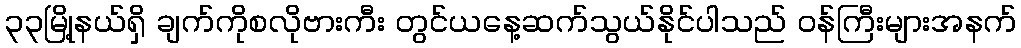
၃၃မြို့နယ်ရှိ ချက်ကိုစလိုဗားကီး တွင်ယနေ့ဆက်သွယ်နိုင်ပါသည် ဝန်ကြီးများအနက်